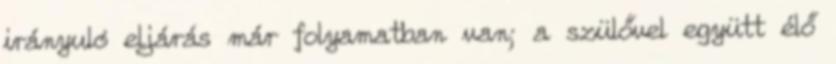
irányuló eljárás már folyamatban van; a szülővel együtt élő